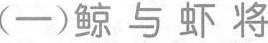
(一)鲸与虾将